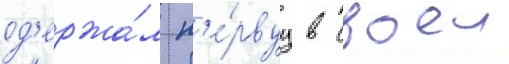
од'ержа́л п'е́рвуу в своеи